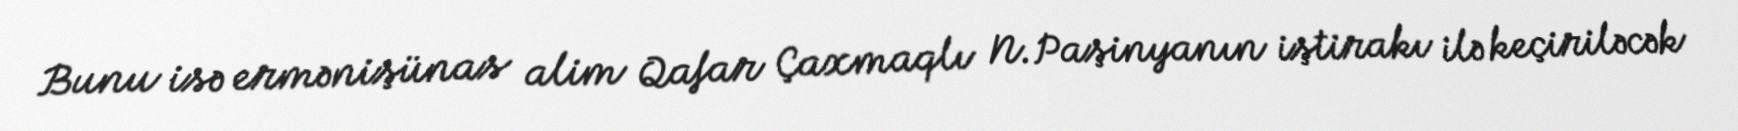
Bunu isə ermənişünas alim Qafar Çaxmaqlı N.Paşinyanın iştirakı ilə keçiriləcək